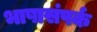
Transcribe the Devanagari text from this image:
भाषासंपर्क